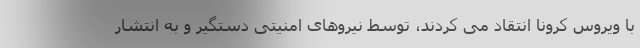
با ویروس کرونا انتقاد می کردند، توسط نیروهای امنیتی دستگیر و به انتشار